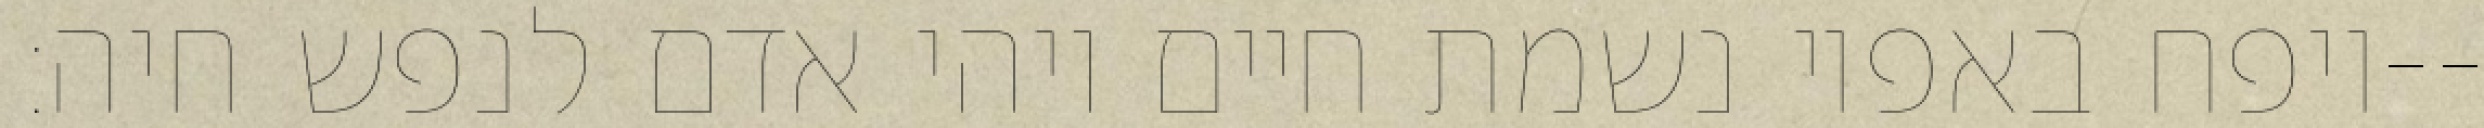
ויפח באפיו נשמת חיים ויהי אדם לנפש חיה׃--